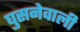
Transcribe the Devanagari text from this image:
घुसनेवाली